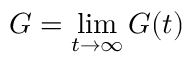
G = \operatorname* { l i m } _ { t \to \infty } G ( t )